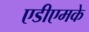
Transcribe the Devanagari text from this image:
एडीएमके